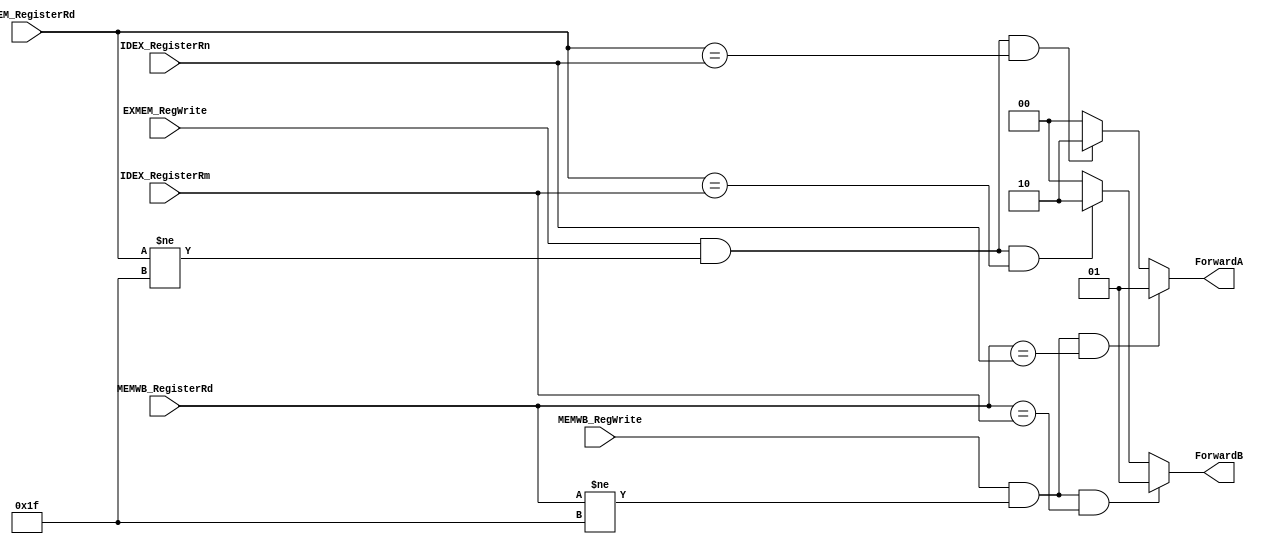
module ForwardingUnit
(
	input [4:0] IDEX_RegisterRm,
	input [4:0] IDEX_RegisterRn,
	input [4:0] EXMEM_RegisterRd,
	input [4:0] MEMWB_RegisterRd,
	input EXMEM_RegWrite,
	input MEMWB_RegWrite,
	output reg [1:0] ForwardA,
	output reg [1:0] ForwardB
);

	always @(*) begin
		ForwardA = 2'b00;
		ForwardB = 2'b00;

		//EX hazard:	
		if ((EXMEM_RegWrite) && (EXMEM_RegisterRd != 31) && (EXMEM_RegisterRd == IDEX_RegisterRn)) begin
			ForwardA = 2'b10;
		end
		if ((EXMEM_RegWrite) && (EXMEM_RegisterRd != 31) && (EXMEM_RegisterRd == IDEX_RegisterRm)) begin
			ForwardB = 2'b10;
		end

		//MEM hazard:	
		if ((MEMWB_RegWrite) && (MEMWB_RegisterRd != 31) && (MEMWB_RegisterRd == IDEX_RegisterRn))
		//&& !((EXMEM_RegWrite) && (EXMEM_RegisterRd != 31) && (EXMEM_RegisterRd != IDEX_RegisterRn)))
			begin
				ForwardA = 2'b01;
			end
		if ((MEMWB_RegWrite) && (MEMWB_RegisterRd != 31) && (MEMWB_RegisterRd == IDEX_RegisterRm))
		//&& !((EXMEM_RegWrite) && (EXMEM_RegisterRd != 31) && (EXMEM_RegisterRd != IDEX_RegisterRm)))
			begin
				ForwardB = 2'b01;
			end
	end
endmodule